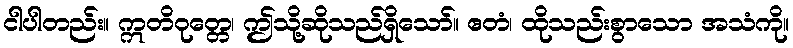
ငါပါတည်း။ ဣတိဝုတ္တေ၊ ဤသို့ဆိုသည်ရှိသော်။ ဧတံ၊ ထိုသည်းစွာသော အသံကို။